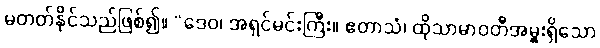
မတတ်နိုင်သည်ဖြစ်၍။ “ဒေဝ၊ အရှင်မင်းကြီး။ ဧတာသံ၊ ထိုသာမာဝတီအမှူးရှိသော